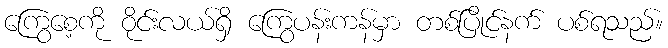
ကြွေစေ့ကို ဝိုင်းလယ်ရှိ ကြွေပန်းကန်မှာ တစ်ပြိုင်နက် ပစ်ရသည်။